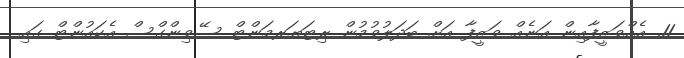
11. އެއްވަޒީފާއިން އަނެއް ވަޒީފާ އަށް ބަދަލުވުމުން ރިޓަޔަރމަންޓް ސޭވިންގްސް އެކައުންޓް ގައި